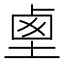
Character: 𡍏